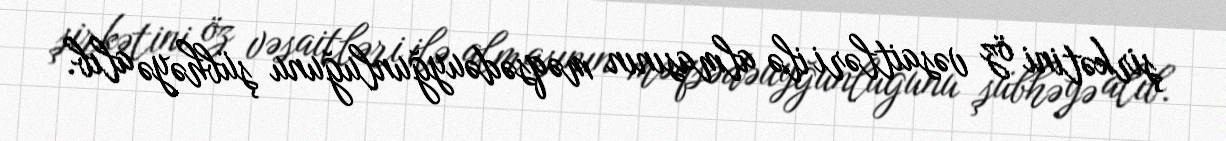
şirkətini öz vəsaitləri ilə almasının məqsədəuyğunluğunu şübhəyə alıb.